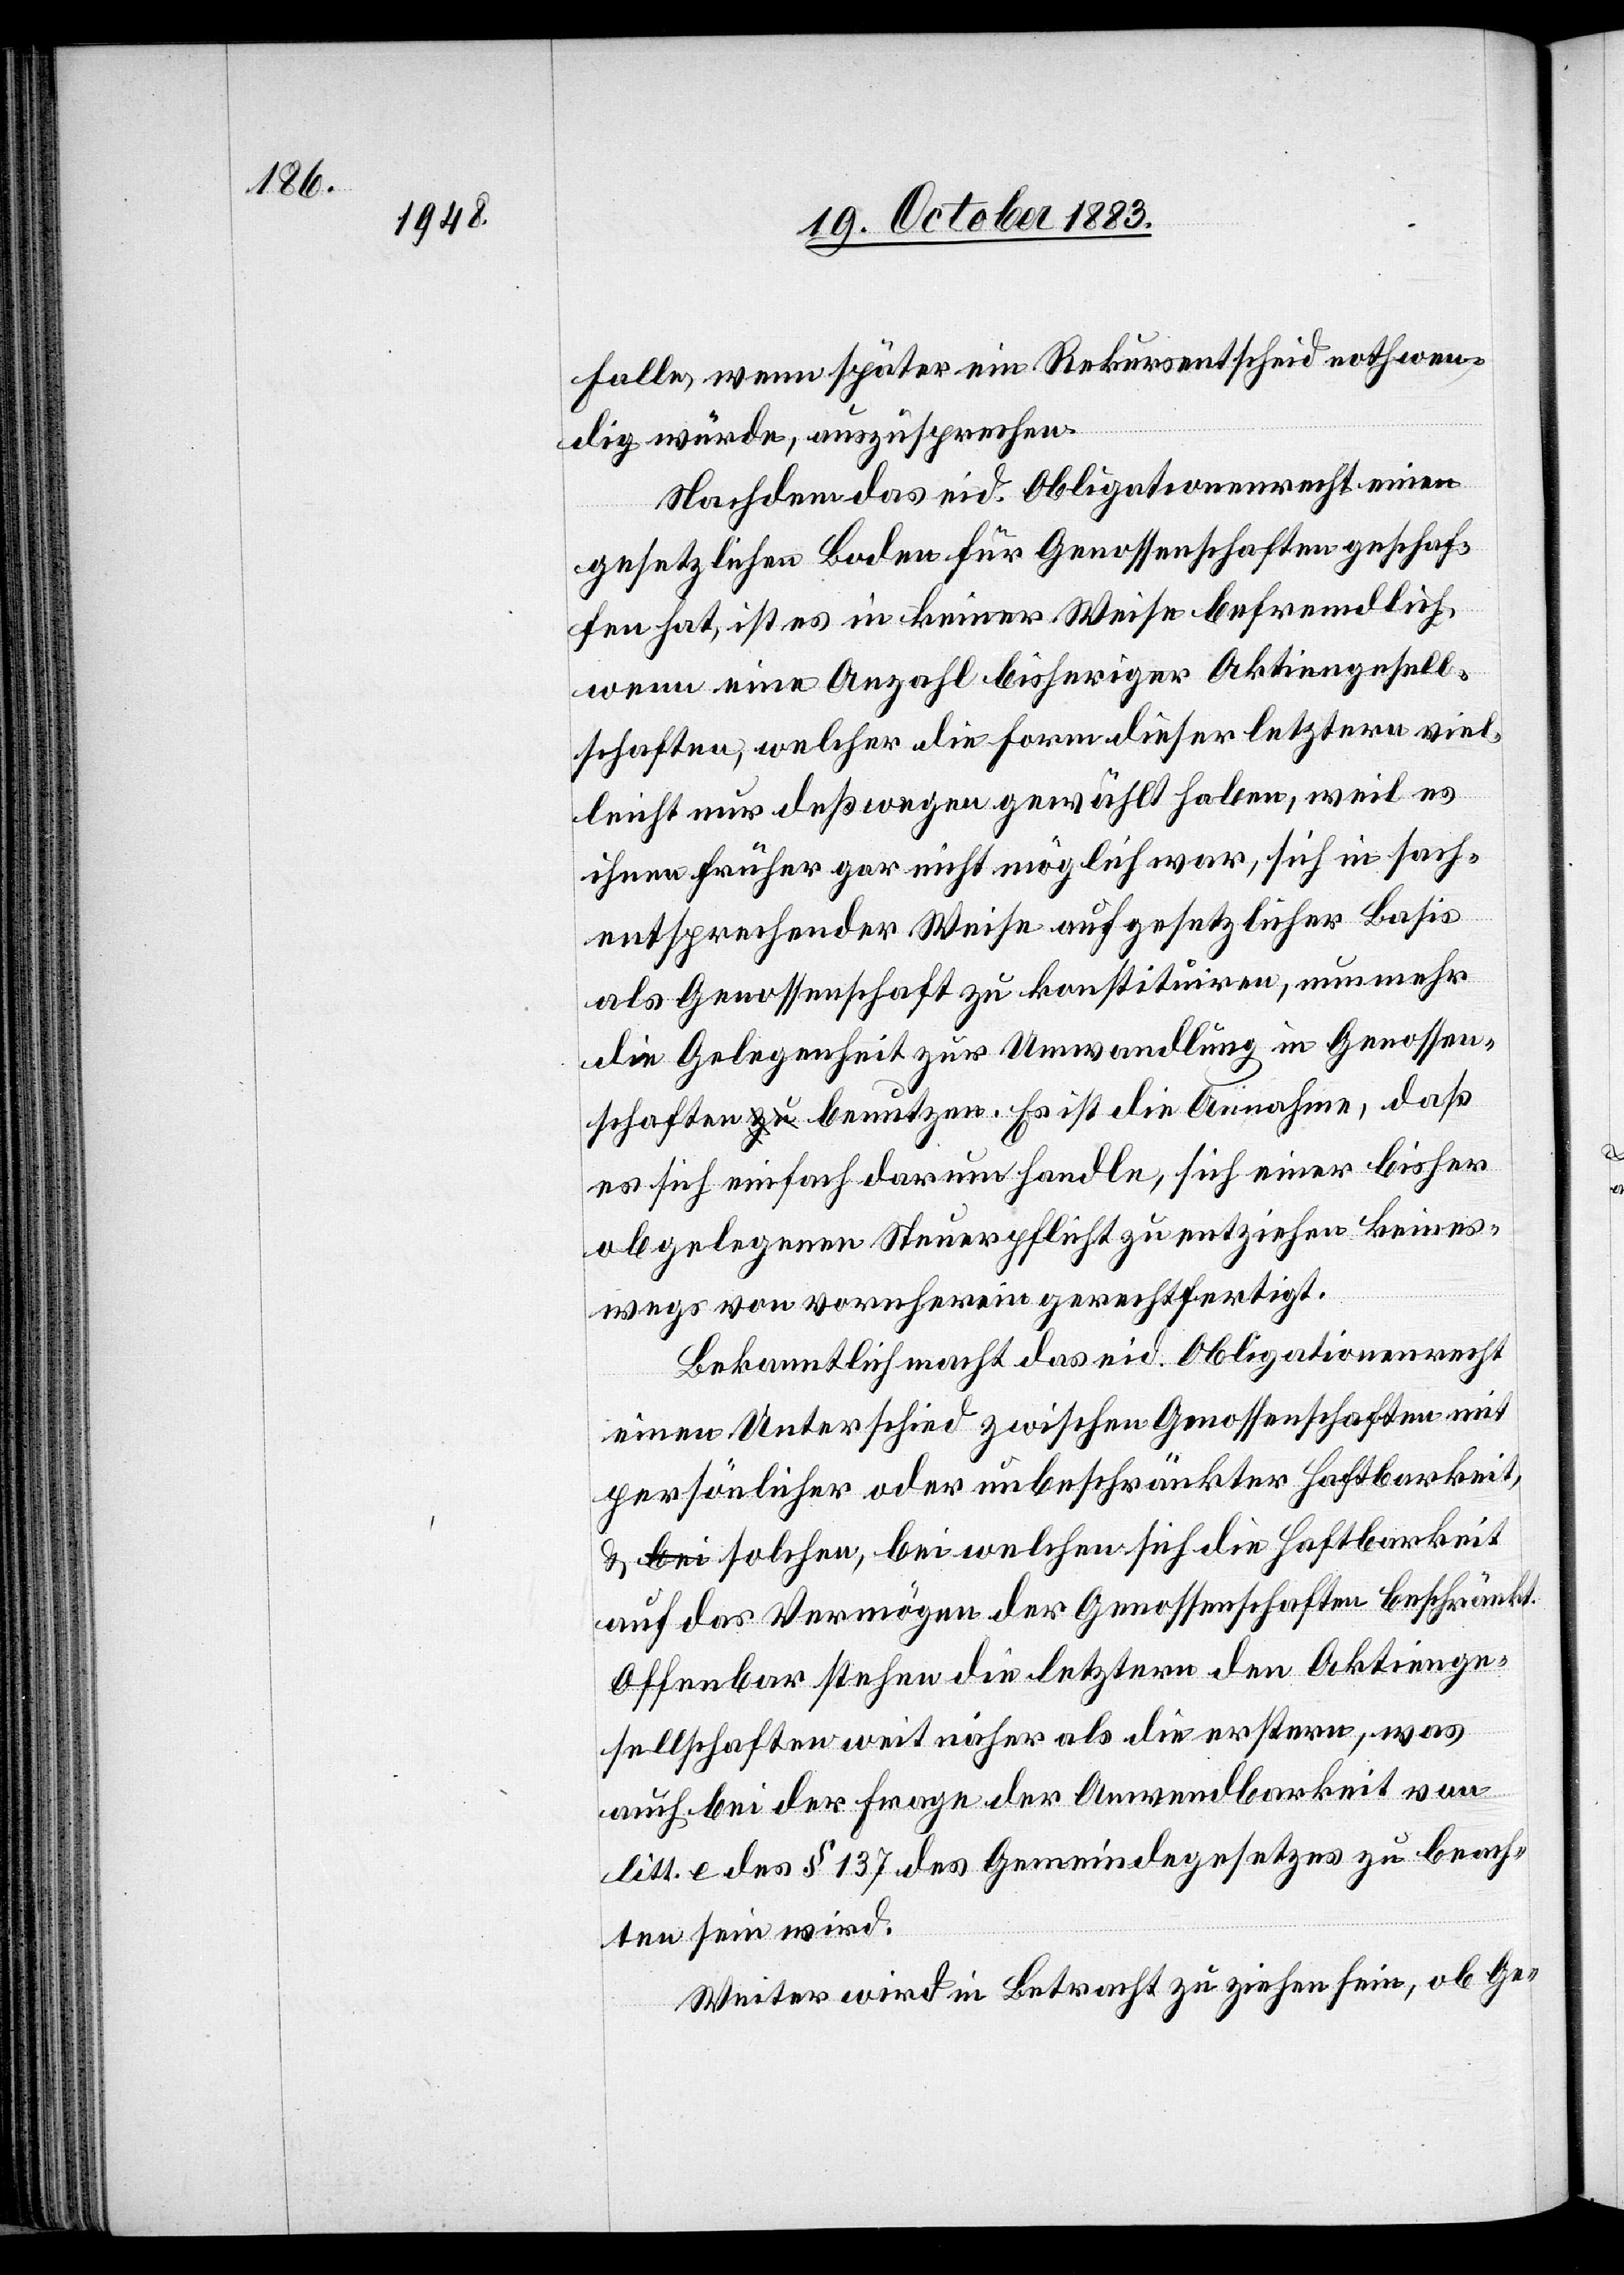
Falle, wenn später ein Rekursentscheid nothwen¬
dig würde, auszusprechen.
Nachdem das eid. Obligationenrecht einen
gesetzlichen Boden für Genossenschaften geschaf¬
fen hat, ist es in keiner Weise befremdlich,
wenn eine Anzahl bisheriger Aktiengesell¬
schaften, welche die Form dieser letztern viel¬
leicht nur deßwegen gewählt haben, weil es
ihnen früher gar nicht möglich war, sich in sach¬
entsprechender Weise auf gesetzlicher Basis
als Genossenschaft zu konstituiren, nun mehr
die Gelegenheit zur Umwandlung in Genossen¬
schaften benutzen. Es ist die Annahme, daß
es sich einfach darum handle, sich einer bisher
abgelegenen Steuerpflicht zu entziehen keines¬
wegs von vornherein gerechtfertigt.
Bekanntlich macht das eid. Obligationenrecht
einen Unterschied zwischen Genossenschaften mit
persönlicher oder unbeschränkter Haftbarkeit,
& solchen, bei welchen sich die Haftbarkeit
auf das Vermögen der Genossenschaften beschränkt.
Offenbar stehen die letztern den Aktienge¬
sellschaften weit näher als die erstern, was
auch bei der Frage der Anwendbarkeit von
litt. e des § 137 des Gemeindegesetzes zu beach¬
ten sein wird.
Weiter wird in Betracht zu ziehen sein, ob Ge-